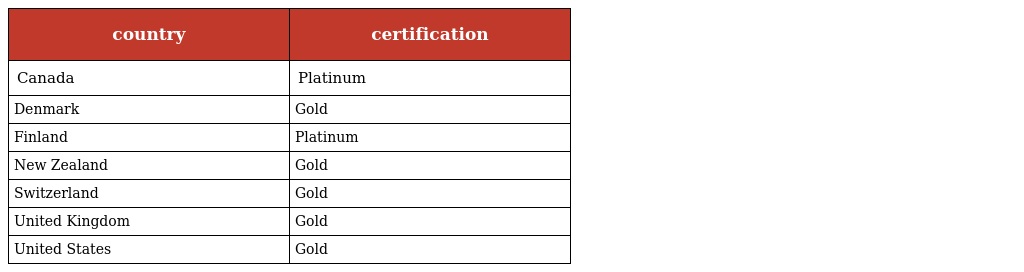
| country | certification |
 | --- | --- |
 | Canada | Platinum |
 | Denmark | Gold |
 | Finland | Platinum |
 | New Zealand | Gold |
 | Switzerland | Gold |
 | United Kingdom | Gold |
 | United States | Gold |